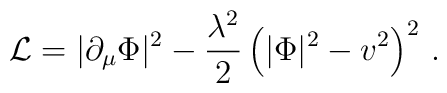
{\cal L} = |\partial_{\mu}\Phi|^2 - {\lambda^2 \over 2}\left(|\Phi|^2 -v^2\right)^2\, .